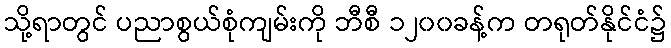
သို့ရာတွင် ပညာစွယ်စုံကျမ်းကို ဘီစီ ၁၂၀၀ခန့်က တရုတ်နိုင်ငံ၌